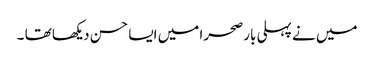
میں نے پہلی بار صحرا میں ایسا حسن دیکھا تھا ۔